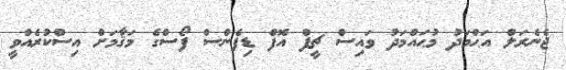
ޖެނެރަލް އަޙްމަދު މުޙައްމަދު ވައިސް ޗީފް އޮފް ޑިފެންސް ފޯސްގެ މަޤާމަށް އިސްކުރެއްވީ